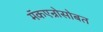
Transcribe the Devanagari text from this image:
मॅकएन्रोसोबत